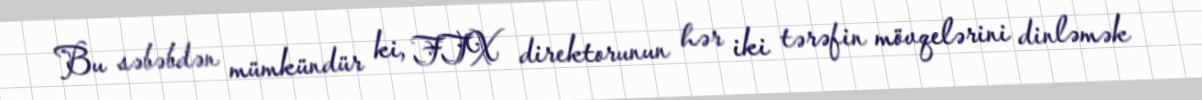
Bu səbəbdən mümkündür ki, FTX direktorunun hər iki tərəfin mövqelərini dinləmək